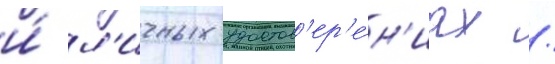
и́ л'ичных удостов'ер'е́н'иах /